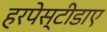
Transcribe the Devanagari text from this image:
हरपेस्टीडाए